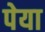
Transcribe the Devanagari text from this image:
पेया